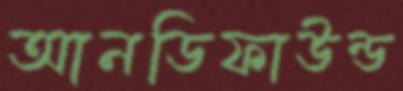
আনডিফাউন্ড